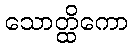
သောတ္ထိကော